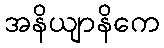
အနိယျာနိကေ